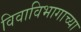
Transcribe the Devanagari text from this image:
विवाविभागाच्या